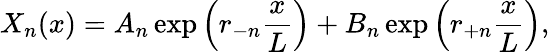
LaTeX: X_{n}(x)=A_{n}\exp{\left(r_{-n}\frac{x}{L}\right)}+B_{n}\exp{\left(r_{+n}\frac{x}{L}\right)},